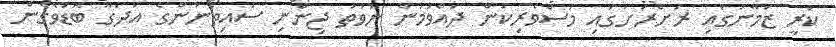
ކުރީ ޒަމާނުގައި ރަށްރަށުގައި މަސްވެރިކަން ދައްވުމުން ނުވަތަ ޖިންނި ސައިތޯނުންގެ އުދަގޫ ބޮޑުވެގެން